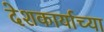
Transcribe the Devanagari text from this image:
देशकार्याच्या